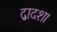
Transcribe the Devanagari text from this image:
द्वादश।